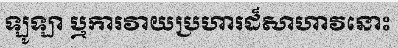
ឡូឡា ឬការវាយប្រហារដ៏សាហាវនោះ